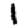
Digit: 1